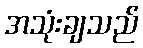
အသုံးချသည်